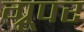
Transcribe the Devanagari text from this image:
ग्रूपर